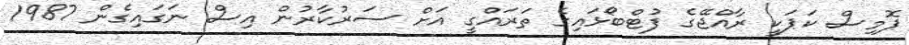
ޕޮމިސް ކަޕަކީ ރާއްޖޭގެ ފުޓްބޯޅައިގެ ތަރައްގީ އަށް ސަރުކާރުން އިސް ނަގައިގެން 1987